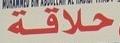
حلاقة